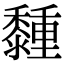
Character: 𪐈